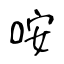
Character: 咹